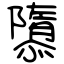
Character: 隳